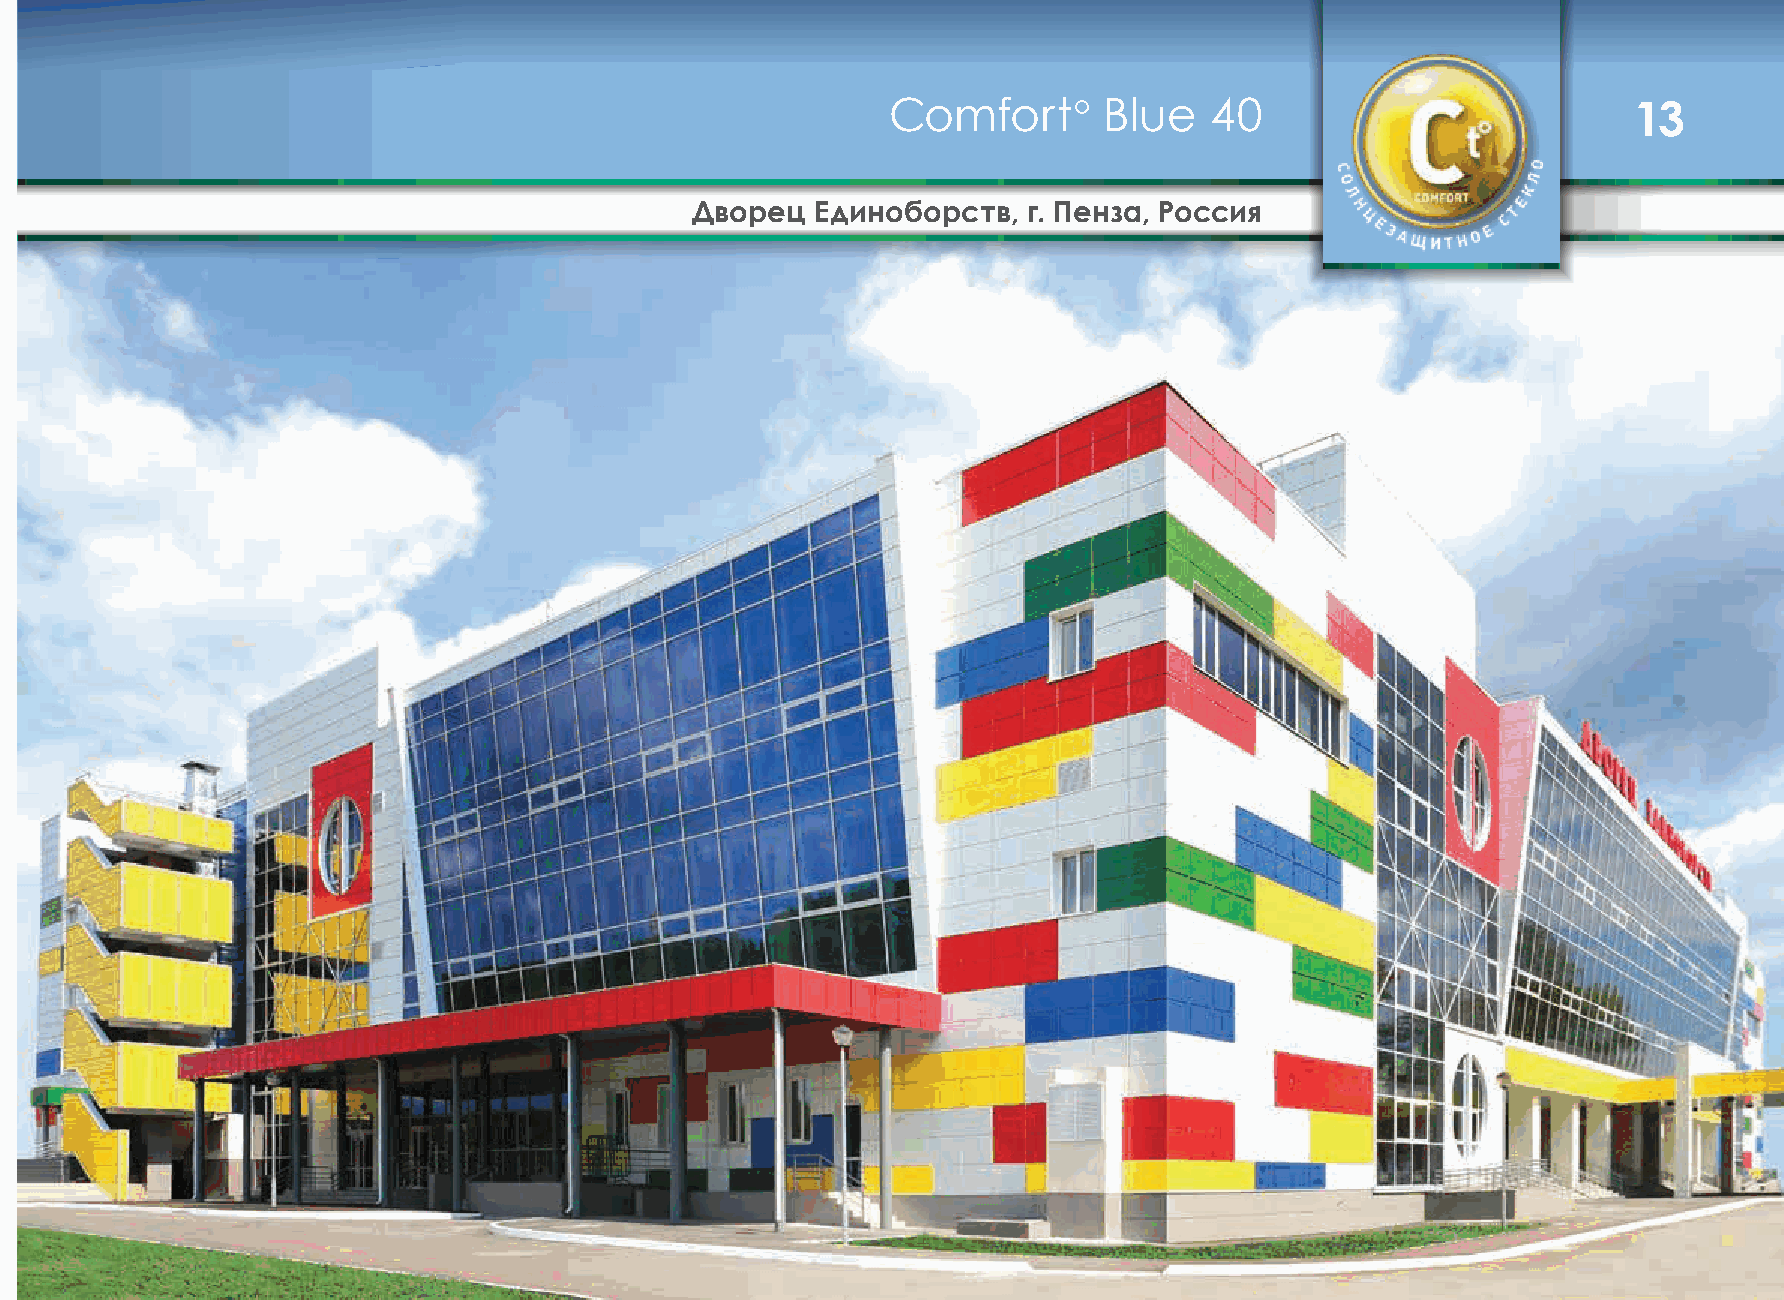
Comfort°      Blue   40                          13
 Дворец  Единоборств,  г. Пенза, Россия